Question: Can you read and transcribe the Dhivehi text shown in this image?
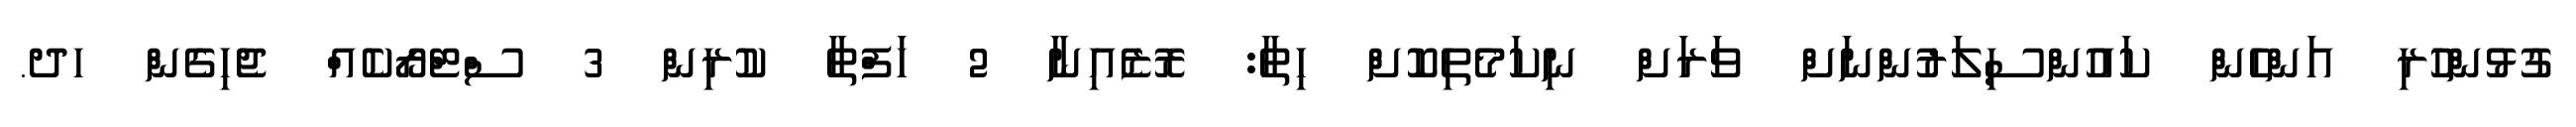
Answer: ގުޅުންހުރި އަންހެން ކައުންސިލަރުންނަށް ވަރަށް ނިކަމެތިކޮށް ހިތާ: ރޮޒެއިނާ 2 ހަފްތާ ކުރިން 3 ސްޓްރޯކެއް ޖެހިގެން ހދ.